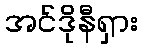
အင်ဒိုနီရှား